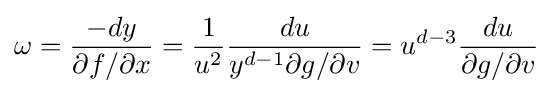
\omega ={\frac {-dy}{\partial f/\partial x}}={\frac {1}{u^{2}}}{\frac {du}{y^{d-1}\partial g/\partial v}}=u^{d-3}{\frac {du}{\partial g/\partial v}}